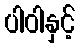
ပါဝါနှင့်